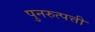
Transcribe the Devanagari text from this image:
पुनरुत्पत्ती